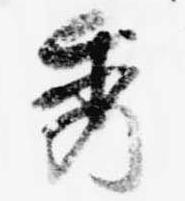
秀